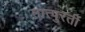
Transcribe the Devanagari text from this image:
तात्पुरतीं